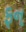
ફન